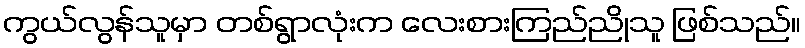
ကွယ်လွန်သူမှာ တစ်ရွာလုံးက လေးစားကြည်ညိုသူ ဖြစ်သည်။